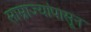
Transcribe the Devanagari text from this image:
साम्राज्यांपासून